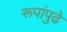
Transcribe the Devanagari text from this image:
रूपांपुढे